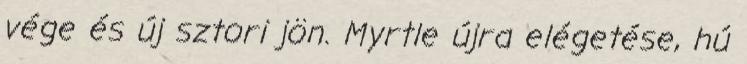
vége és új sztori jön. Myrtle újra elégetése, hú